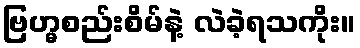
ဗြဟ္မစည်းစိမ်နဲ့ လဲခဲ့ရသကိုး။